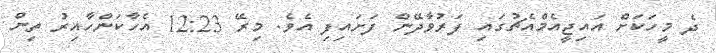
ދެ މީހަކަށް އައިޖީއެމްއެޗުގައި ފަރުވާދޭން ފަށައިފި އެވެ. މިރޭ 12:23 އެހާކަންހާއިރު ތިން